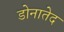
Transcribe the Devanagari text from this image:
डोनातेद